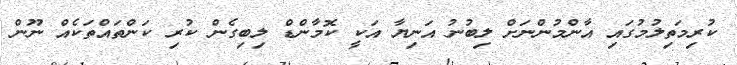
ކުރިމަތިލުމުގައި އާންމުންނަށް ލިބުނު އަނިޔާ އަކީ ކޮމާންޑް ލިބިގެން ކުރި ކަންތައްތަކެއް ނޫން